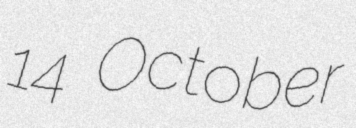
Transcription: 14 October